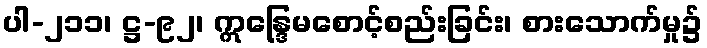
ပါ-၂၁၁၊ ဋ္ဌ-၉၂၊ ဣန္ဒြေမစောင့်စည်းခြင်း၊ စားသောက်မှု၌